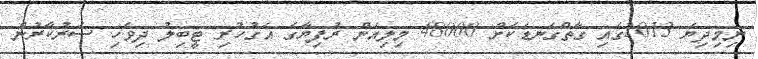
ނިމިދިޔަ 2013ގައި ގާތްގަނޑަކަށް 48000 މިލިއަން ރުފިޔާގެ އަގުހުރި ޓީބިލު ދިވެހި ސަރުކާރުން